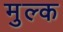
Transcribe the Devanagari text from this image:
मुल्‍क